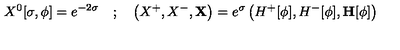
X ^ { 0 } [ \sigma , \phi ] = e ^ { - 2 \sigma } \quad ; \quad \left( X ^ { + } , X ^ { - } , \mathbf { X } \right) = e ^ { \sigma } \left( H ^ { + } [ \phi ] , H ^ { - } [ \phi ] , \mathbf { H } [ \phi ] \right)